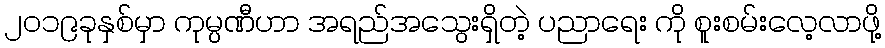
၂၀၁၉ခုနှစ်မှာ ကုမ္ပဏီဟာ အရည်အသွေးရှိတဲ့ ပညာရေး ကို စူးစမ်းလေ့လာဖို့